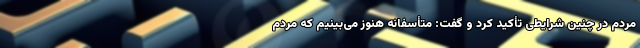
مردم در چنین شرایطی تأکید کرد و گفت: متأسفانه هنوز می‌بینیم که مردم